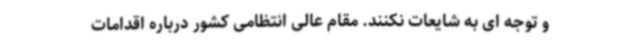
و توجه ای به شایعات نکنند. مقام عالی انتظامی کشور درباره اقدامات